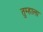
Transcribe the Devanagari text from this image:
तुम्‍हाला